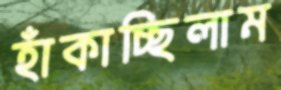
হাঁকাচ্ছিলাম